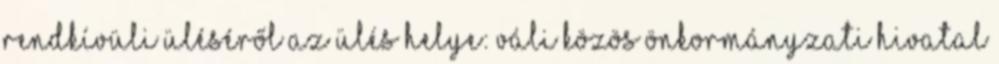
rendkívüli üléséről Az ülés helye: Váli Közös Önkormányzati Hivatal